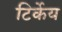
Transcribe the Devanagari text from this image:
टिर्केय